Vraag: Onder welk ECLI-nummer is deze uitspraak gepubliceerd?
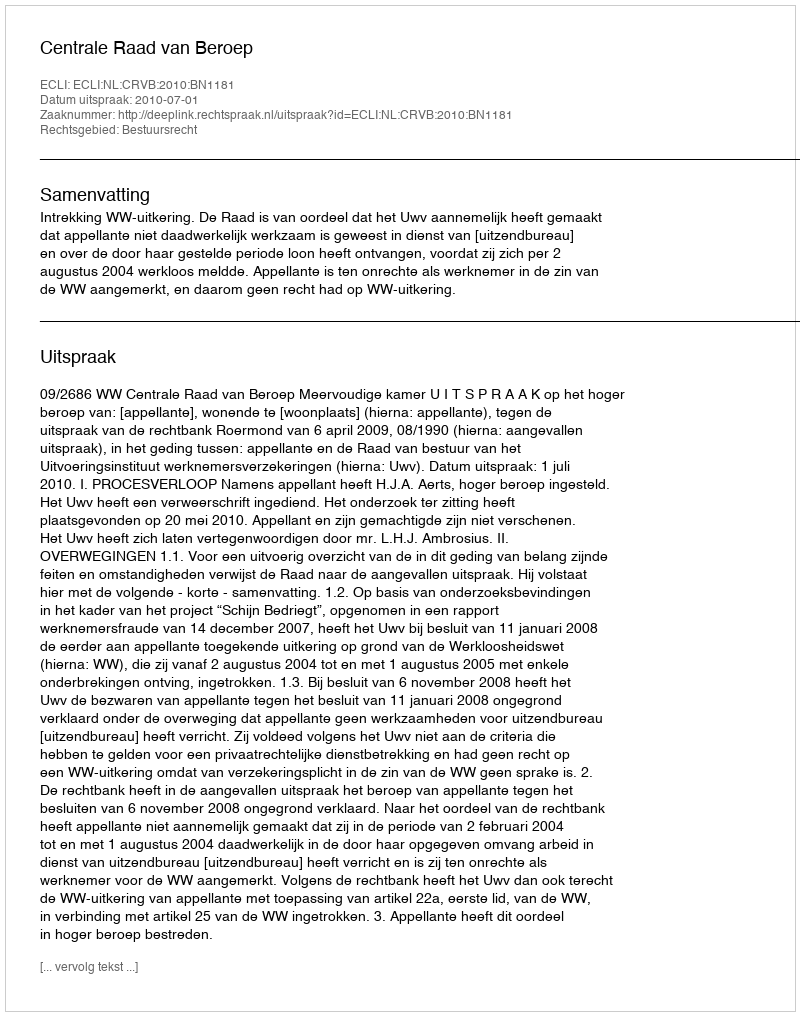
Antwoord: ECLI:NL:CRVB:2010:BN1181